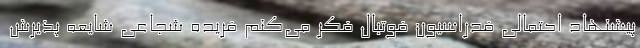
پیشنهاد احتمالی فدراسیون فوتبال فکر می‌کنم فریده شجاعی شایعه پذیرش